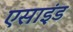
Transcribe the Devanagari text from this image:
एसाइंड